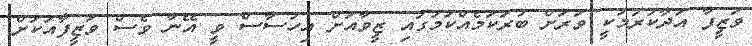
ވަޒީފާ އަދާކުރުމަކީ ވަރަށް ބުރަކަމެއްކަމުގައި ޒީވާއަށް އިހުސާސް ވީ އޭނާ ވެސް ވަޒީފާއަކަށް